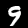
Label: 9